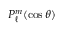
P _ { \ell } ^ { m } ( \cos \theta )